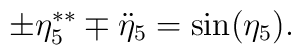
\pm \eta_{5}^{\ast \ast } \mp \ddot{\eta}_{5}=\sin (\eta_{5}).